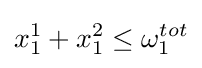
x_{1}^{1}+x_{1}^{2}\leq \omega _{1}^{tot}